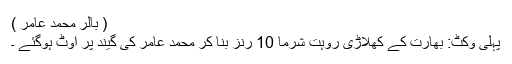
( بالر محمد عامر )
پہلی وکٹ: بھارت کے کھلاڑی روہت شرما 10 رنز بنا کر محمد عامر کی گیند پر آوٹ ہوگئے ۔